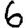
Digit: 6